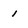
Character: 1